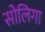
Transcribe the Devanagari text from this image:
सोलिगा